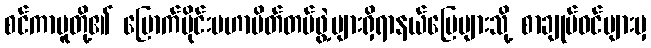
စင်ကာပူတို့၏ မြောက်ပိုင်းမဟာမိတ်တပ်ဖွဲ့များရှိရာနယ်မြေများသို့ စာချုပ်ဝင်များမှ